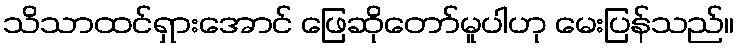
သိသာထင်ရှားအောင် ဖြေဆိုတော်မူပါဟု မေးပြန်သည်။